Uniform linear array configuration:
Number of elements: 16
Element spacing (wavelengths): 0.25
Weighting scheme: exponential
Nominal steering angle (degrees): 0
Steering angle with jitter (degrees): -0.7116
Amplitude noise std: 0.05
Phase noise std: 0.05

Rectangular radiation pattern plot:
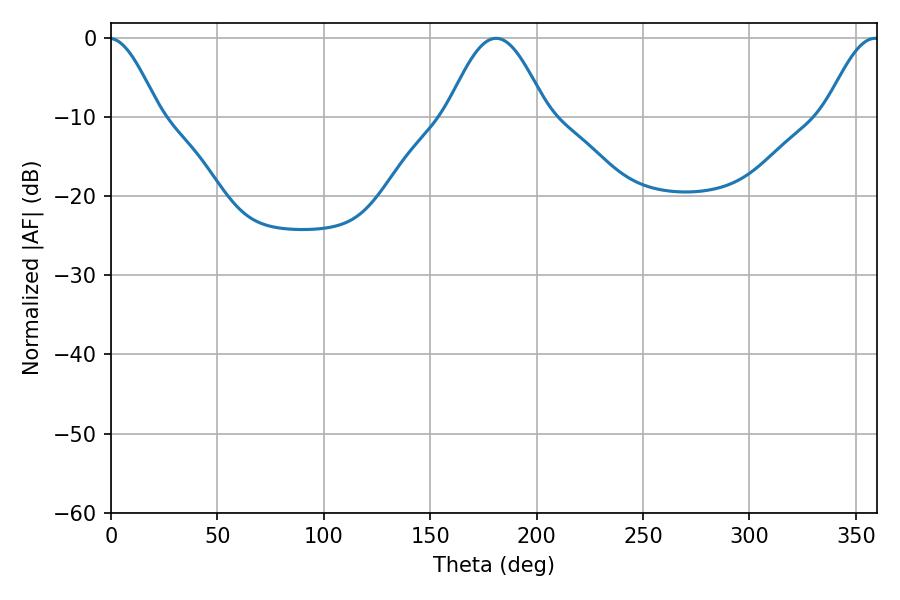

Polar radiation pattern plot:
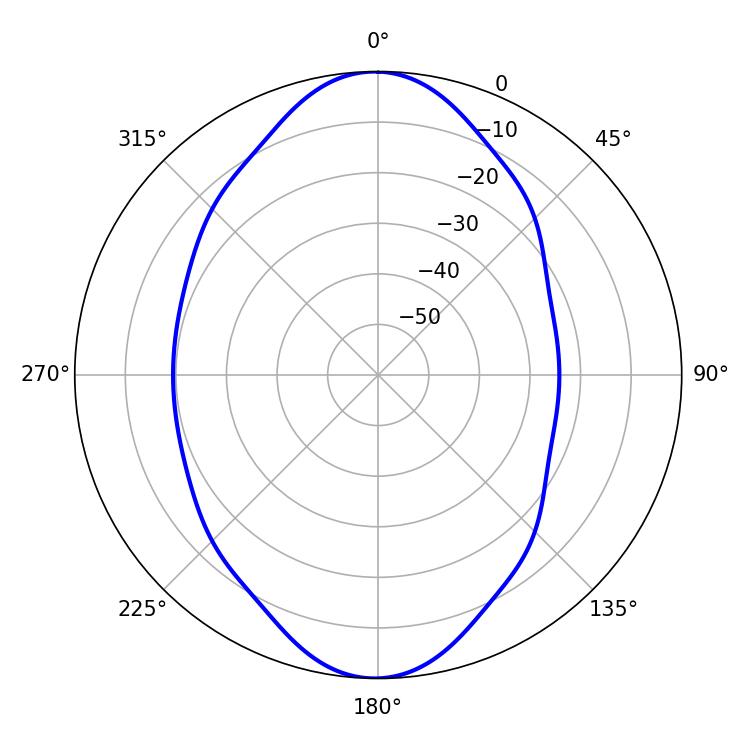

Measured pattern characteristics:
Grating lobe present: FALSE
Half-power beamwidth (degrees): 25.2
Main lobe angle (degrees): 180.9